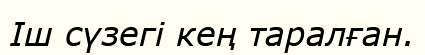
Іш сүзегі кең таралған.